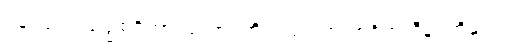
ပန၊ ပါး။ သဒ္ဓါစရိတာဒယော၊ တို့သည်။ ရာဂစရိတာဒီနံ၊ တို့နှင့်။